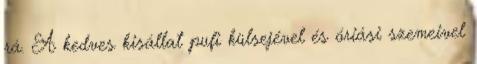
rá. A kedves kisállat pufi külsejével és óriási szemeivel